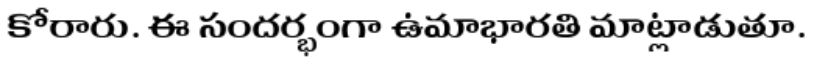
కోరారు. ఈ సందర్భంగా ఉమాభారతి మాట్లాడుతూ.